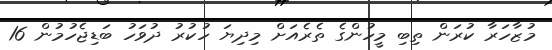
މުޒާހަރާ ކުރަން ތިބި މީހުންގެ ތެރެއަށް މިދިޔަ ހުކުރު ދުވަހު ބަޑިޖެހުމުން 16